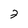
Character: 2